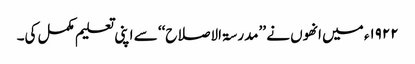
۱۹۲۲ء میں انھوں نے ’’مدرسۃ الاصلاح‘‘ سے اپنی تعلیم مکمل کی۔